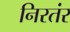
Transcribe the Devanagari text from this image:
निरतंर